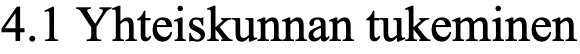
4.1 Yhteiskunnan tukeminen